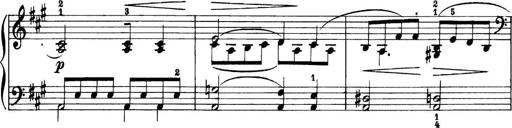
Title: 11 Sonatinas
Composer: Anton Diabelli